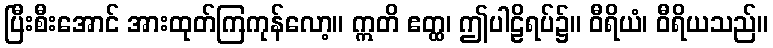
ပြီးစီးအောင် အားထုတ်ကြကုန်လော့။ ဣတိ ဧတ္ထ၊ ဤပါဠိရပ်၌။ ဝီရိယံ၊ ဝီရိယသည်။